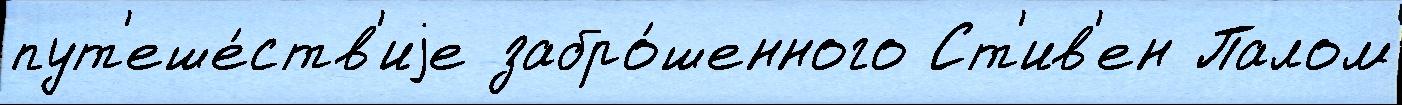
пут'еше́ств'иjе забро́шенного Ст'ив'ен Палом